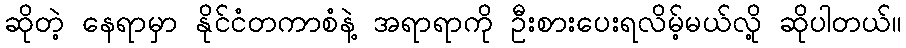
ဆိုတဲ့ နေရာမှာ နိုင်ငံတကာစံနဲ့ အရာရာကို ဦးစားပေးရလိမ့်မယ်လို့ ဆိုပါတယ်။